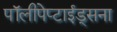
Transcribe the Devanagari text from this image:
पॉलीपेप्टाईड्सना